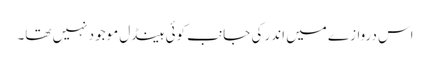
اس دروازے میں اندر کی جانب کوئی ہینڈل موجود نہیں تھا۔